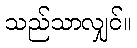
သည်သာလျှင်။